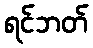
ရင်ဘတ်